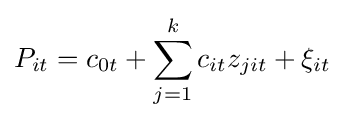
P_{it}=c_{0t}+\sum _{j=1}^{k}c_{it}z_{jit}+\xi _{it}